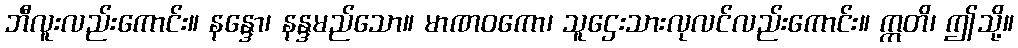
ဘီလူးလည်းကောင်း။ နန္ဒော၊ နန္ဒမည်သော။ မာဏဝကော၊ သူဌေးသားလုလင်လည်းကောင်း။ ဣတိ၊ ဤသို့။